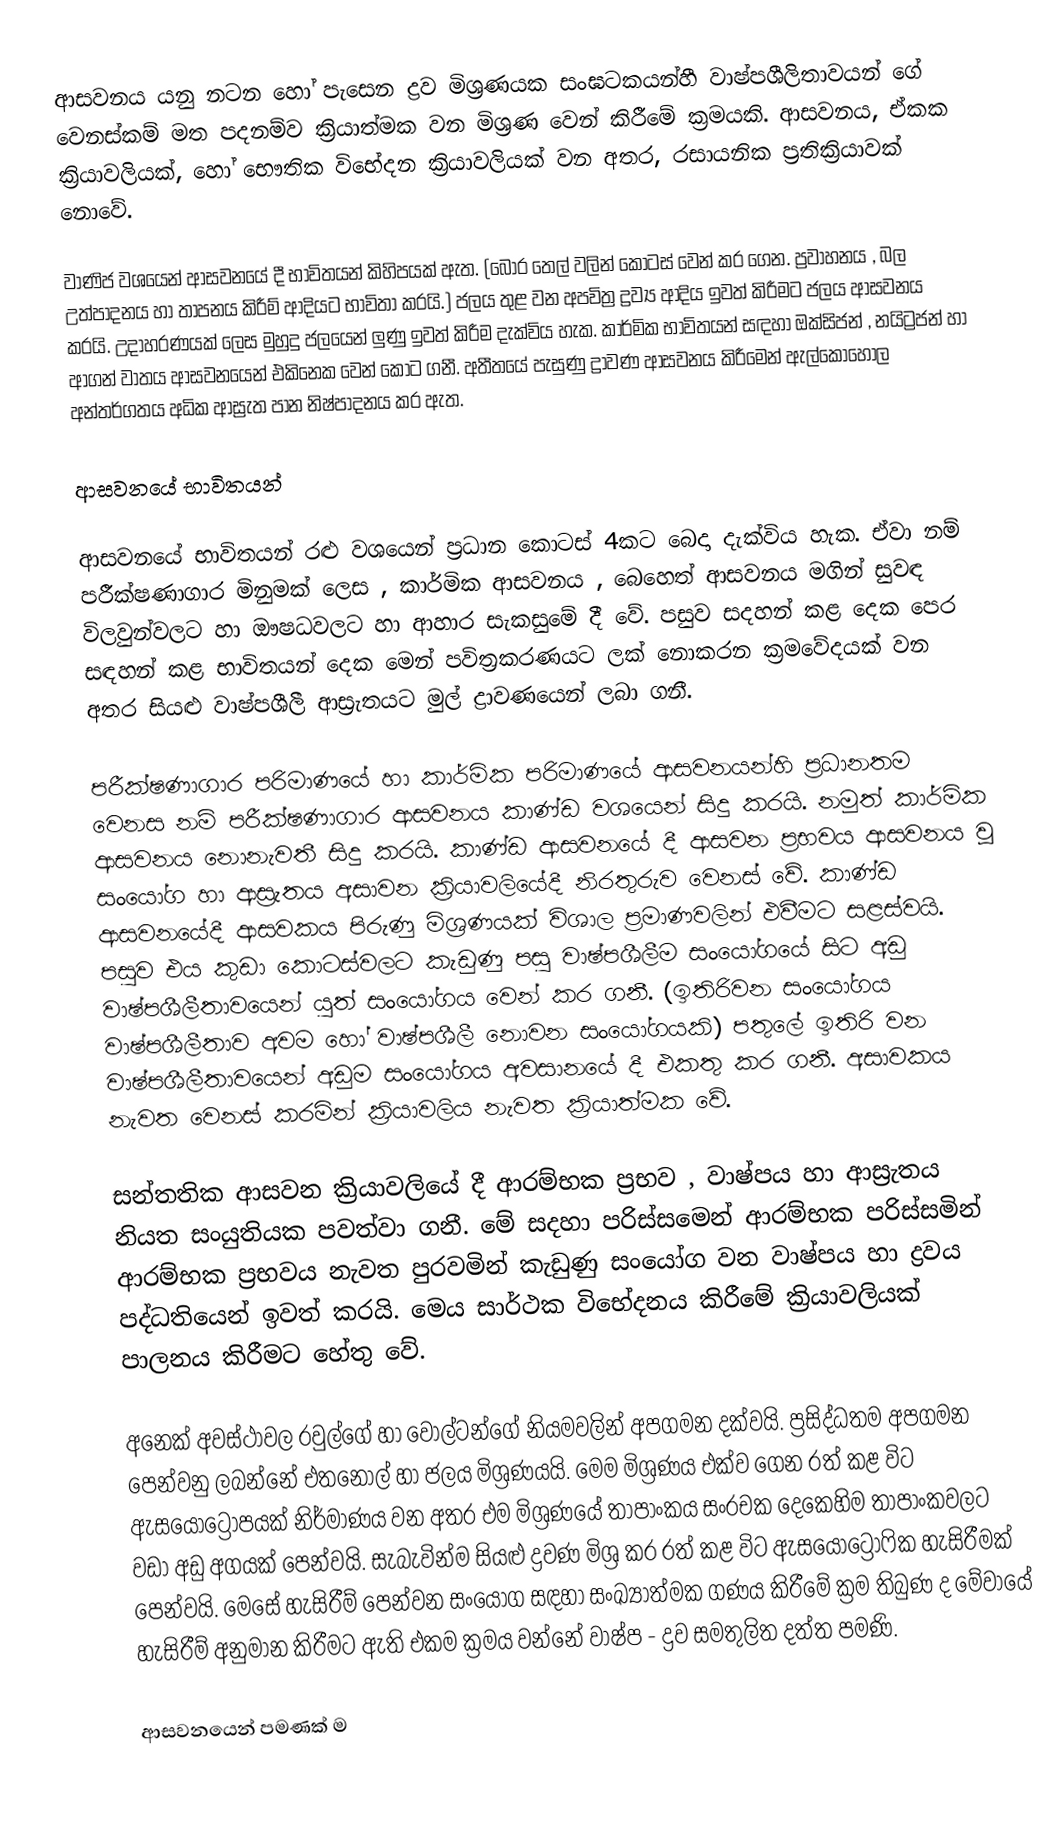
ආසවනය යනු නටන හෝ පැසෙන ද්‍රව මිශ්‍රණයක සංඝටකයන්හී  වාෂ්පශීලිතාවයන් ගේ වෙනස්කම් මත පදනම්ව ක්‍රියාත්මක වන මිශ්‍රණ වෙන් කිරීමේ   ක්‍රමයකි. ආසවනය, ඒකක ක්‍රියාවලියක්, හෝ භෞතික විභේදන ක්‍රියාවලියක් වන අතර, රසායනික ප්‍රතික්‍රියාවක් නොවේ.

වාණිජ වශයෙන් ආසවනයේ දී භාවිතයන් කිහිපයක් ඇත.  (බොර තෙල් වලින් කොටස් වෙන් කර ගෙන. ප්‍රවාහනය , බල උත්පාදනය හා තාපනය කිරීම් ආදියට භාවිතා කරයි.) ජලය තුළ වන අපවිත්‍ර ද්‍රව්‍ය ආදිය ඉවත් කිරීමට ජලය ආසවනය කරයි. උදාහරණයක් ලෙස මුහුදු ජලයෙන් ලුණු ඉවත් කිරීම දැක්විය හැක. කාර්මික භාවිතයන් සඳහා ඔක්සිජන් , නයිට්‍රජන් හා ආගන් වාතය ආසවනයෙන් එකිනෙක වෙන් කොට ගනී. අතීත‍යේ පැසුණු ද්‍රාවණ ආසවනය කිරීමෙන් ඇල්කොහොල අන්තර්ගතය අධික ආස්‍රැත පාන නිෂ්පාදනය කර ඇත.

ආසවනයේ භාවිතයන්

ආසවනයේ භාවිතයන් රළු වශයෙන් ප්‍රධාන කොටස් 4කට බෙදා දැක්විය හැක. ඒවා නම් පරීක්ෂණාගාර මිනුමක් ලෙස , කාර්මික ආසවනය , බෙහෙත් ආසවනය මගින් සුවඳ විලවුන්වලට හා ඖෂධවලට හා ආහාර සැකසුමේ දී වේ. පසුව සදහන් කළ දෙක පෙර සඳහන් කළ භාවිතයන් දෙක මෙන් පවිත්‍රකරණයට ලක් නොකරන ක්‍රම‍වේදයක් වන අතර සියළු වාෂ්පශීලී ආස්‍රැතයට මුල් ද්‍රාවණයෙන් ලබා ගනී.

පරීක්ෂණාගාර පරිමාණයේ හා කාර්මික පරිමාණයේ ආසවනයන්හි ප්‍රධානතම වෙනස නම් පරීක්ෂණාගාර ආසවනය කාණ්ඩ වශයෙන්   සිදු කරයි. නමුත් කාර්මික ආසවනය ‍නොනැවතී සිදු කරයි. කාණ්ඩ ආසවනයේ දී ආසවන ප්‍රභවය ආසවනය වූ සංයෝග හා ආස්‍රැතය අසාවන ක්‍රියාවලියේදී නිරතුරුව වෙනස් වේ. කාණ්ඩ ආසවනයේදී ආසවකය පිරුණු මිශ්‍රණයක් විශාල ප්‍රමාණවලින් එවීමට සළස්වයි. පසුව එය කුඩා කොටස්වලට කැඩුණු පසු වාෂ්පශීලීම සංයෝගයේ සිට අඩු වාෂ්පශීලීතාවයෙන් යුත් සංයෝගය වෙන් කර ගනී. (ඉතිරිවන සංයෝගය වාෂ්පශීලීතාව අවම හෝ වාෂ්පශීලී නොවන සංයෝගයකි) පතුලේ ඉතිරි වන වාෂ්පශීලීතාව‍යෙන් අඩුම සංයෝගය අවසානයේ දී එකතු කර ගනී. අසාවකය නැවත වෙනස් කරමින් ක්‍රියාවලිය නැවත ක්‍රියාත්මක වේ.

සන්තතික ආසවන ක්‍රියාවලියේ දී ආරම්භක ප්‍රභව , වාෂ්පය හා ආස්‍රැතය නියත සංයුතියක පවත්වා ගනී. මේ සදහා පරිස්සමෙන් ආරම්භක පරිස්සමින් ආරම්භක ප්‍රභවය නැවත පුරවමින් කැඩුණු සංයෝග වන වාෂ්පය හා ද්‍රවය පද්ධතියෙන් ඉවත් කරයි. මෙය සාර්ථක විභේදනය කිරීමේ ක්‍රියාවලියක් පාලනය කිරීමට හේතු වේ.

අනෙක් අවස්ථාවල රවුල්ගේ හා වොල්ටන්ගේ නියමවලින් අපගමන දක්වයි. ප්‍රසිද්ධතම අපගමන පෙන්වනු ලබන්නේ එතනෝල් හා ජලය මිශ්‍රණයයි. මෙම ‍මිශ්‍රණය එක්ව ගෙන රත් කළ විට ඇසයොට්‍රෝපයක් නිර්මාණය වන අතර එම මිශ්‍රණයේ තාපාංකය සංරචක දෙකෙහිම තාපාංකවලට වඩා අඩු අගයක් පෙන්වයි. සැබැවින්ම සියළු ද්‍රවණ මිශ්‍ර කර රත් කළ විට ඇසයෝට්‍රෝෆික හැසිරීමක් පෙන්වයි. මෙසේ හැසිරීම් පෙන්වන සංයෝග සඳහා සංඛ්‍යාත්මක ගණය කිරීමේ ක්‍රම තිබුණ ද මේවායේ හැසිරීම් අනුමාන කිරීමට ඇති එකම ක්‍රමය වන්නේ වාෂ්ප - ද්‍රව සමතුලිත දත්ත පමණි.

ආසවනයෙන් පමණක් ම